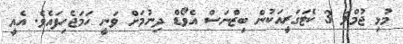
މުޅި ޖުމްލަ 3 ކެޓަގަރީއަކުން ބިޒްނަސް އެވޯޑް ދިނުމަށް ވަނީ ހަމަޖެހިފައެވެ. އެއީ